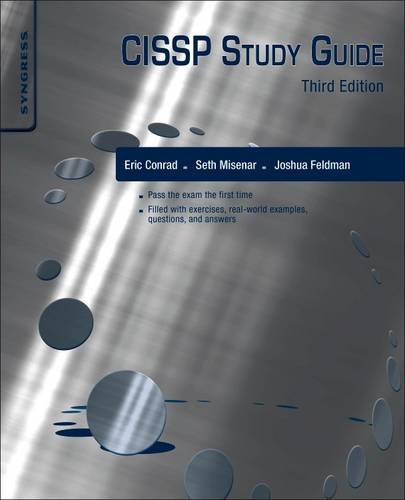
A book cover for CISSP Study Guide, Third Edition; Eric Conrad; Computers & Technology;